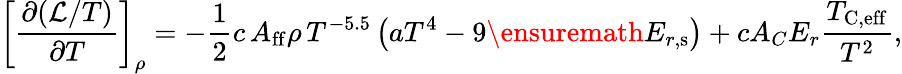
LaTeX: \left[\frac{\partial(\mathcal{L}/T)}{\partial T}\right]_{\rho}=-\frac{1}{2}c\, A_{\mathrm{ff}}\rho\, T^{-5.5}\left(aT^{4}-9\ensuremath{E_{r,\mathrm{s}}}\right)+cA_{C}E_{r}\frac{T_{\mathrm{C,eff}}}{T^{2}},